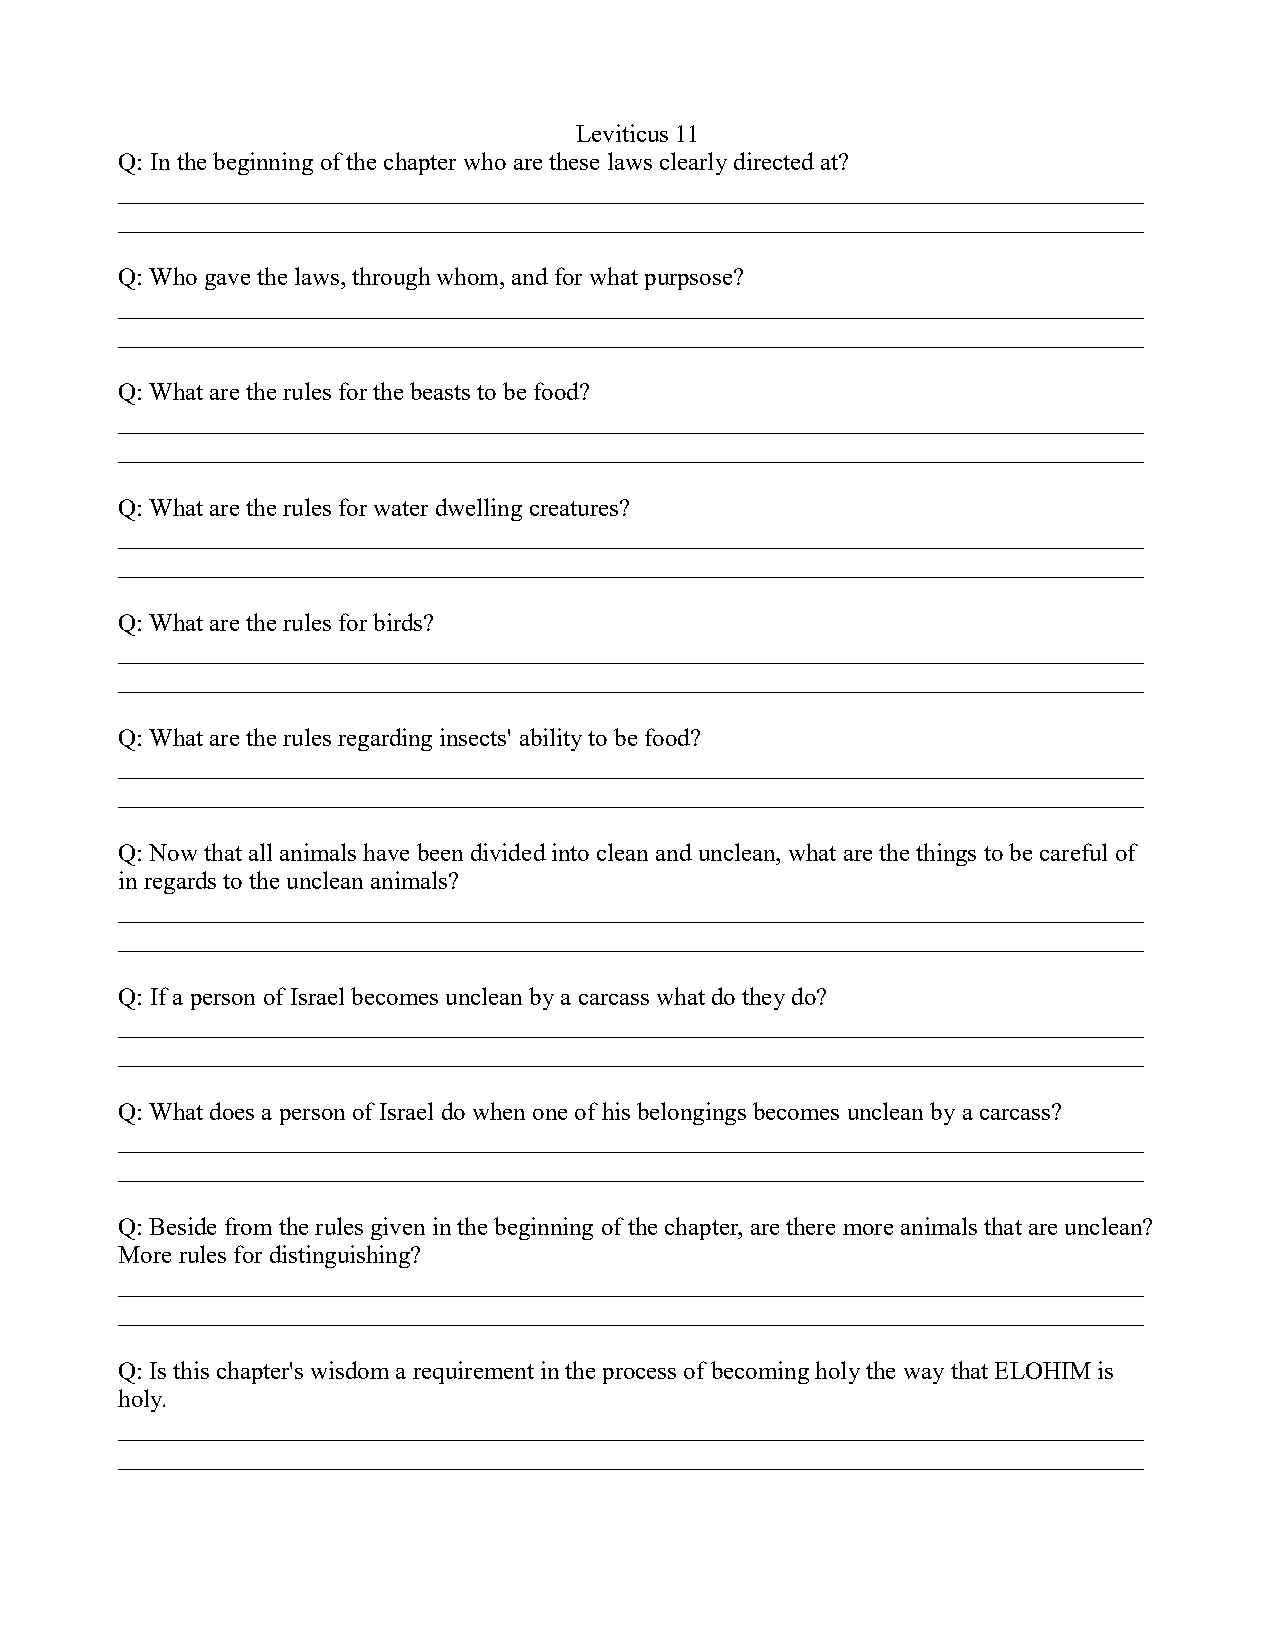
Leviticus 11
 Q: In the beginning of the chapter who are these laws clearly directed at?
 __________________________________________________________________________________
 __________________________________________________________________________________
 Q: Who gave the laws, through whom, and for what purpsose?
 __________________________________________________________________________________
 __________________________________________________________________________________
 Q: What are the rules for the beasts to be food?
 __________________________________________________________________________________
 __________________________________________________________________________________
 Q: What are the rules for water dwelling creatures?
 __________________________________________________________________________________
 __________________________________________________________________________________
 Q: What are the rules for birds?
 __________________________________________________________________________________
 __________________________________________________________________________________
 Q: What are the rules regarding insects' ability to be food?
 __________________________________________________________________________________
 __________________________________________________________________________________
 Q: Now that all animals have been divided into clean and unclean, what are the things to be careful of
 in regards to the unclean animals?
 __________________________________________________________________________________
 __________________________________________________________________________________
 Q: If a person of Israel becomes unclean by a carcass what do they do?
 __________________________________________________________________________________
 __________________________________________________________________________________
 Q: What does a person of Israel do when one of his belongings becomes unclean by a carcass?
 __________________________________________________________________________________
 __________________________________________________________________________________
 Q: Beside from the rules given in the beginning of the chapter, are there more animals that are unclean?
 More rules for distinguishing?
 __________________________________________________________________________________
 __________________________________________________________________________________
 Q: Is this chapter's wisdom a requirement in the process of becoming holy the way that ELOHIM is
 holy.
 __________________________________________________________________________________
 __________________________________________________________________________________